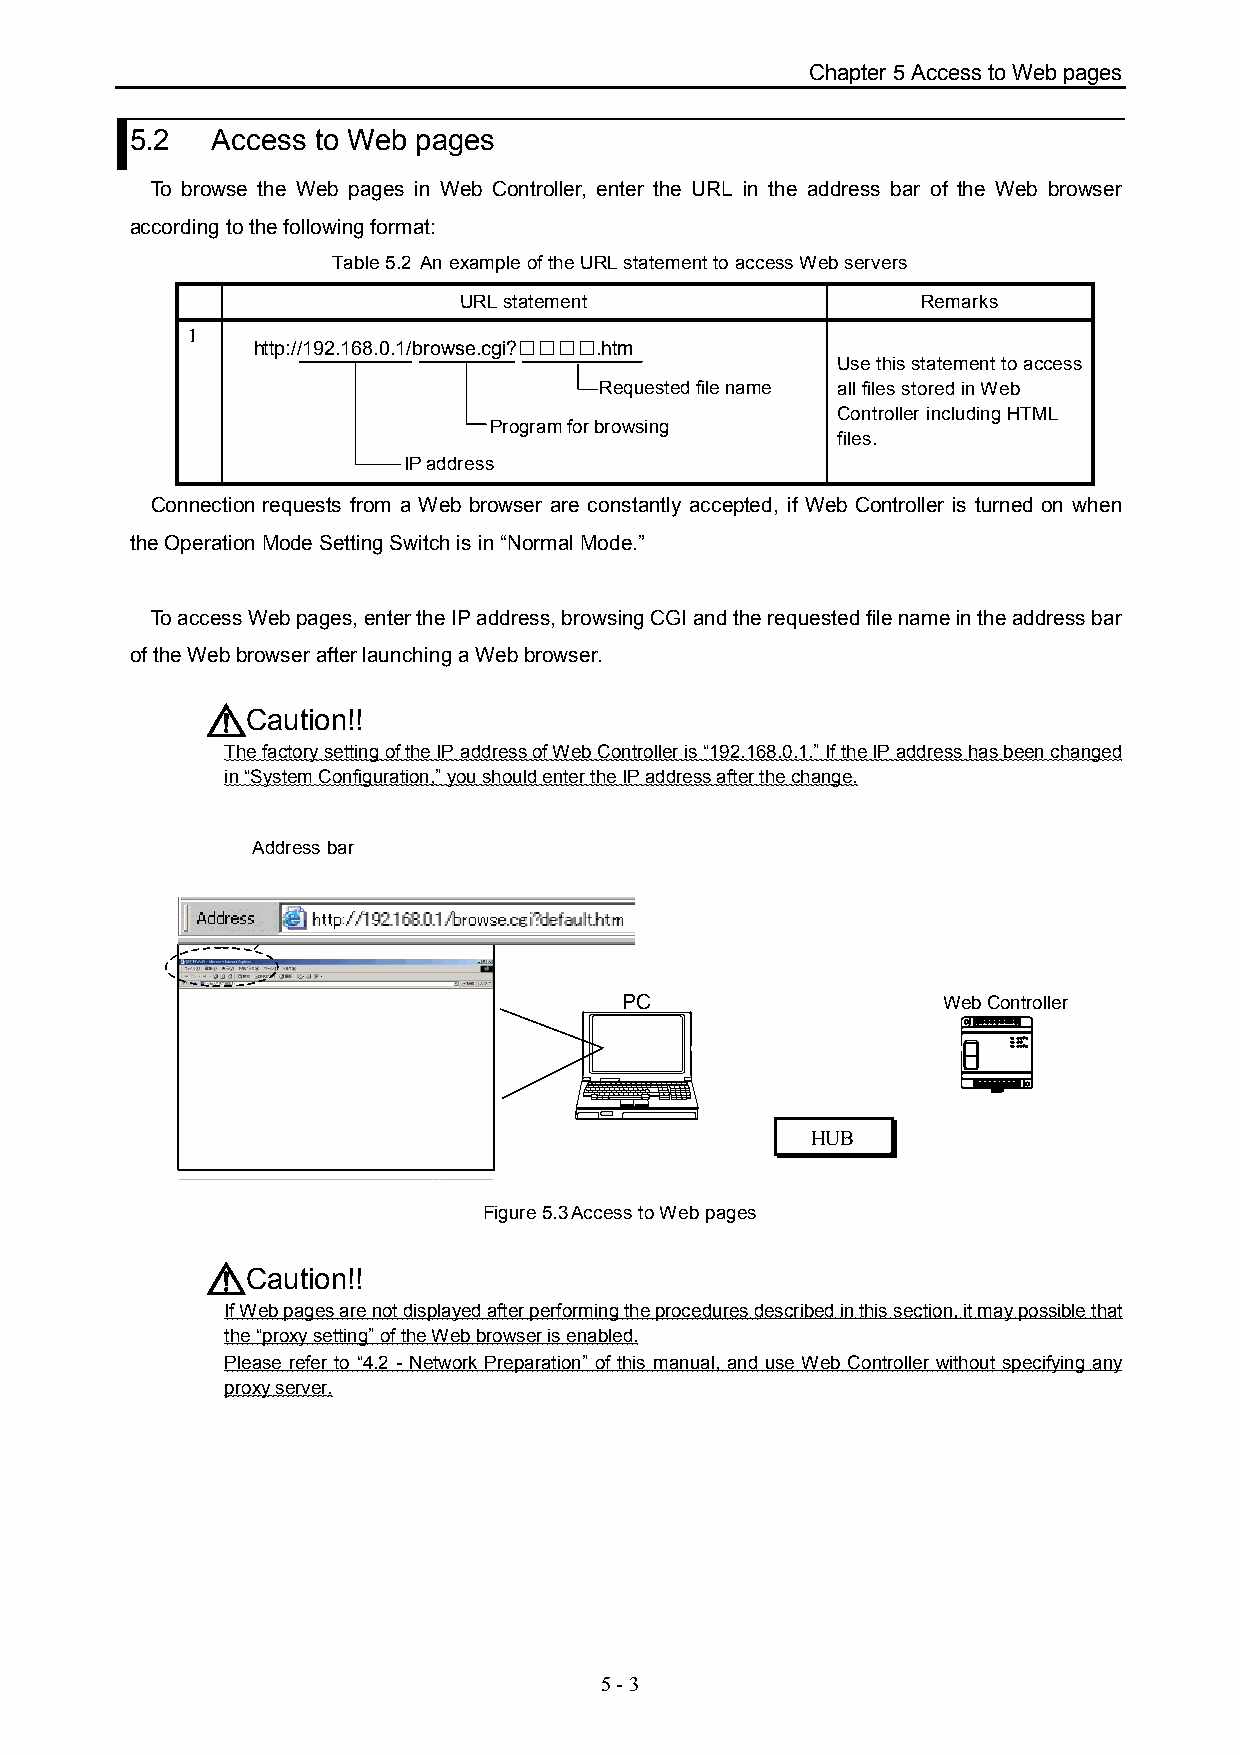
Chapter 5 Access to Web pages
 5.2  Access to Web pages
 To browse the Web pages in Web Controller, enter the URL in the address bar of the Web browser
 according to the following format:
 Table 5.2 An example of the URL statement to access Web servers
 URL statement                  Remarks
 1
 http://192.168.0.1/browse.cgi?□□□□.htm
 Use this statement to access
 Requested file name all files stored in Web
 Controller including HTML
 Program for browsing
 files.
 IP address
 Connection requests from a Web browser are constantly accepted, if Web Controller is turned on when
 the Operation Mode Setting Switch is in “Normal Mode.”
 To access Web pages, enter the IP address, browsing CGI and the requested file name in the address bar
 of the Web browser after launching a Web browser.
 Caution!!
 The factory setting of the IP address of Web Controller is “192.168.0.1.” If the IP address has been changed
 in “System Configuration,” you should enter the IP address after the change.
 Address bar
 PC                   Web Controller
 HUB
 Figure 5.3Access to Web pages
 Caution!!
 If Web pages are not displayed after performing the procedures described in this section, it may possible that
 the “proxy setting” of the Web browser is enabled.
 Please refer to “4.2 - Network Preparation” of this manual, and use Web Controller without specifying any
 proxy server.
 5 - 3